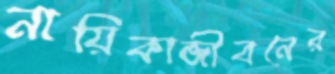
নায়িকাজীবনের